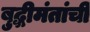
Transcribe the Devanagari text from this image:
बुद्धीमंतांची